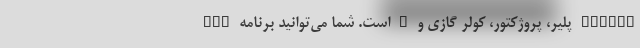
DVD پلیر، پروژکتور، کولر گازی و … است. شما می‌توانید برنامه ASmart